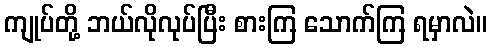
ကျုပ်တို့ ဘယ်လိုလုပ်ပြီး စားကြ သောက်ကြ ရမှာလဲ။